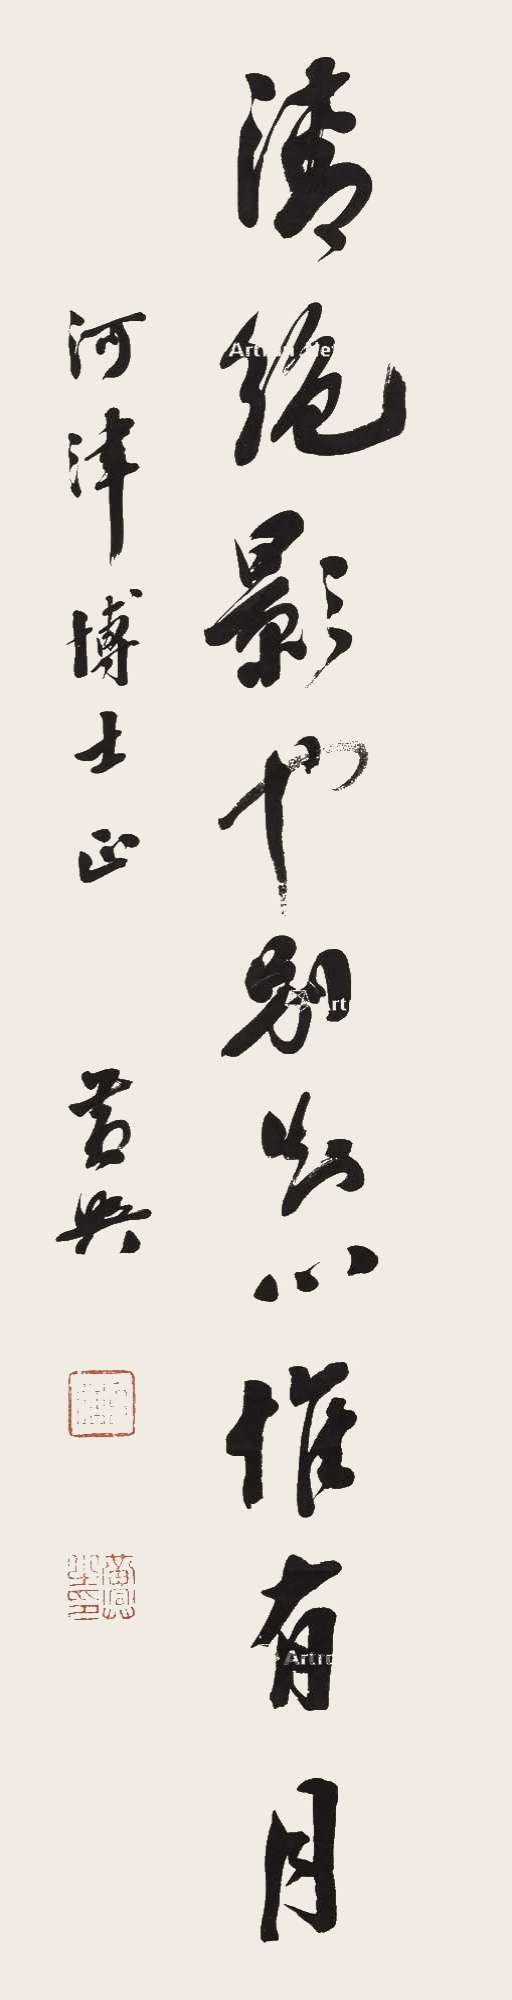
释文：清绝。影也别。知心惟有月。河津博士正。黄兴。